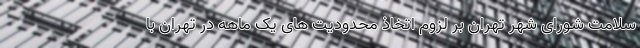
سلامت شورای شهر تهران بر لزوم اتخاذ محدودیت های یک ماهه در تهران با